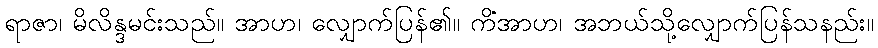
ရာဇာ၊ မိလိန္ဒမင်းသည်။ အာဟ၊ လျှောက်ပြန်၏။ ကိံအာဟ၊ အဘယ်သို့လျှောက်ပြန်သနည်း။